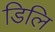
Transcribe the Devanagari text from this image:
डिलि